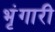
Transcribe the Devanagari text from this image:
भृंगारी